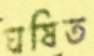
ঘষিত